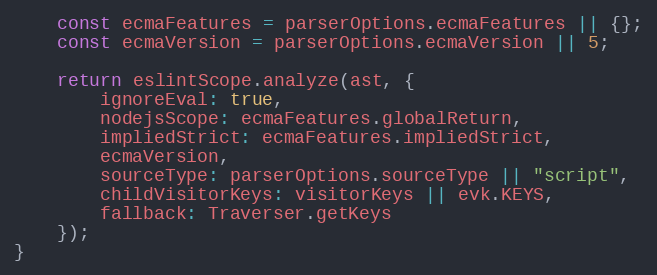
Language: JavaScript
    const ecmaFeatures = parserOptions.ecmaFeatures || {};
    const ecmaVersion = parserOptions.ecmaVersion || 5;

    return eslintScope.analyze(ast, {
        ignoreEval: true,
        nodejsScope: ecmaFeatures.globalReturn,
        impliedStrict: ecmaFeatures.impliedStrict,
        ecmaVersion,
        sourceType: parserOptions.sourceType || "script",
        childVisitorKeys: visitorKeys || evk.KEYS,
        fallback: Traverser.getKeys
    });
}